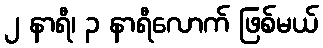
၂ နာရီ၊ ၃ နာရီလောက် ဖြစ်မယ်